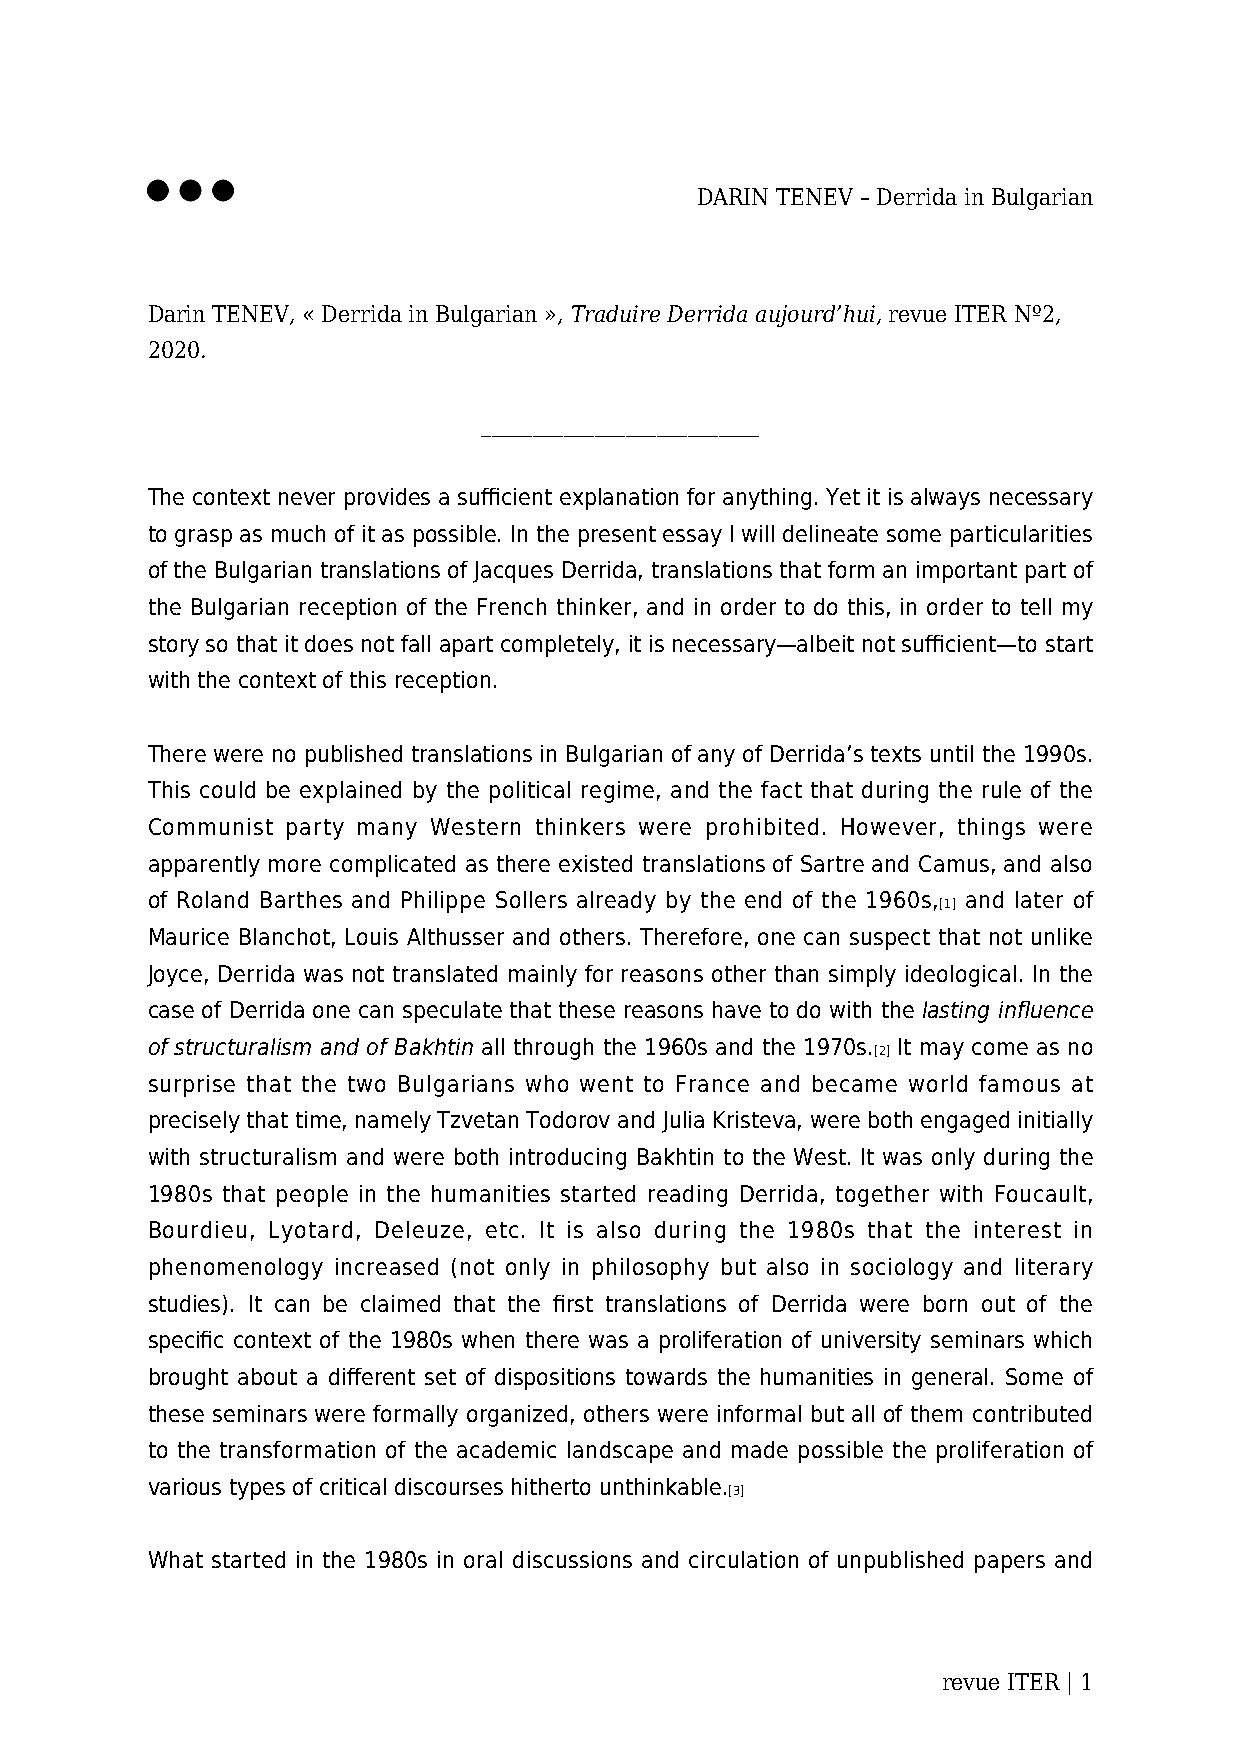
DARIN TENEV – Derrida in Bulgarian
 Darin TENEV, « Derrida in Bulgarian », Traduire Derrida aujourd’hui, revue ITER Nº2,
 2020.
 ___________________________
 The context never provides a sufficient explanation for anything. Yet it is always necessary
 to grasp as much of it as possible. In the present essay I will delineate some particularities
 of the Bulgarian translations of Jacques Derrida, translations that form an important part of
 the Bulgarian reception of the French thinker, and in order to do this, in order to tell my
 story so that it does not fall apart completely, it is necessary—albeit not sufficient—to start
 with the context of this reception.
 There were no published translations in Bulgarian of any of Derrida’s texts until the 1990s.
 This could be explained by the political regime, and the fact that during the rule of the
 Communist party many Western thinkers were prohibited. However, things were
 apparently more complicated as there existed translations of Sartre and Camus, and also
 of Roland Barthes and Philippe Sollers already by the end of the 1960s, and later of
 [1]
 Maurice Blanchot, Louis Althusser and others. Therefore, one can suspect that not unlike
 Joyce, Derrida was not translated mainly for reasons other than simply ideological. In the
 case of Derrida one can speculate that these reasons have to do with the lasting influence
 of structuralism and of Bakhtin all through the 1960s and the 1970s. It may come as no
 [2]
 surprise that the two Bulgarians who went to France and became world famous at
 precisely that time, namely Tzvetan Todorov and Julia Kristeva, were both engaged initially
 with structuralism and were both introducing Bakhtin to the West. It was only during the
 1980s that people in the humanities started reading Derrida, together with Foucault,
 Bourdieu, Lyotard, Deleuze, etc. It is also during the 1980s that the interest in
 phenomenology increased (not only in philosophy but also in sociology and literary
 studies). It can be claimed that the first translations of Derrida were born out of the
 specific context of the 1980s when there was a proliferation of university seminars which
 brought about a different set of dispositions towards the humanities in general. Some of
 these seminars were formally organized, others were informal but all of them contributed
 to the transformation of the academic landscape and made possible the proliferation of
 various types of critical discourses hitherto unthinkable.
 [3]
 What started in the 1980s in oral discussions and circulation of unpublished papers and
 revue ITER | 1